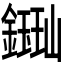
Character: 𫓈